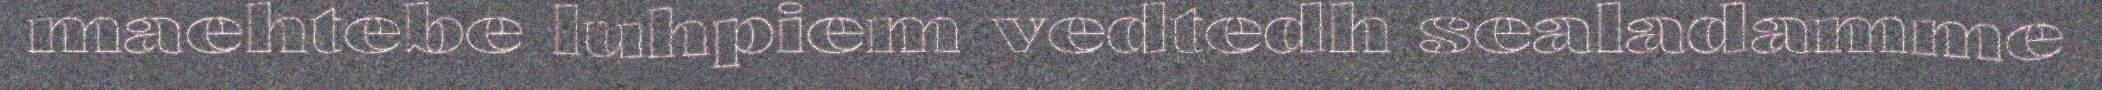
maehtebe luhpiem vedtedh sealadamme